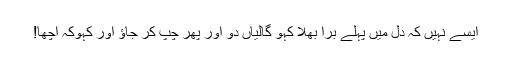
ایسے نہیں کہ دل میں پہلے برا بھلا کہو گالیاں دو اور پھر چپ کر جاؤ اور کہوکہ اچھا!